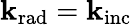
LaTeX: \mathbf{k}_{\mathrm{{rad}}}=\mathbf{k}_{\mathrm{{inc}}}